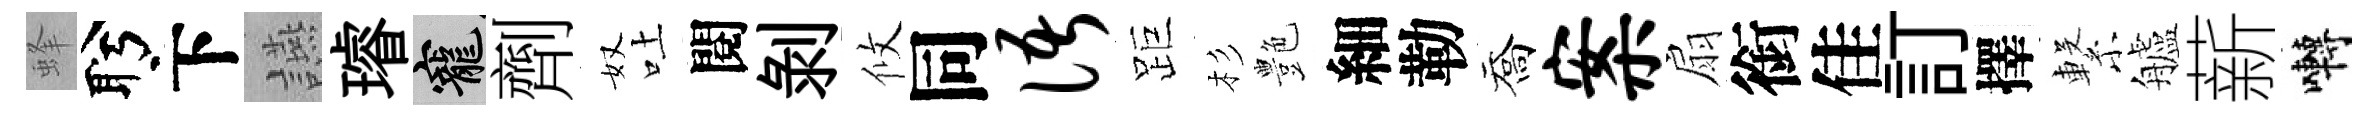
蜂盻下讌璿寵劑奴吐閱剝攸同语距杉艶細勒喬案扇銜佳訂擇繋艫薪囀